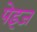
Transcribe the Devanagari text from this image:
पेइज